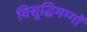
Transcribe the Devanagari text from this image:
विसुद्धिमग्गों